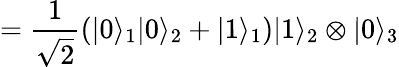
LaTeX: =\frac{1}{\sqrt{2}}\left(|0\rangle_{1}|0\rangle_{2}+|1\rangle_{1}\right)|1\rangle_{2}\otimes|0\rangle_{3}